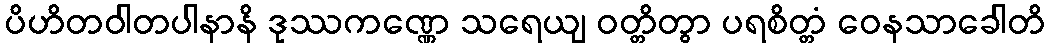
ပိဟိတဝါတပါနာနိ ဒုဿကဏ္ဏေ သရေယျ ဝတ္တိတွာ ပရစိတ္တံ ဝေနသာခေါတိ